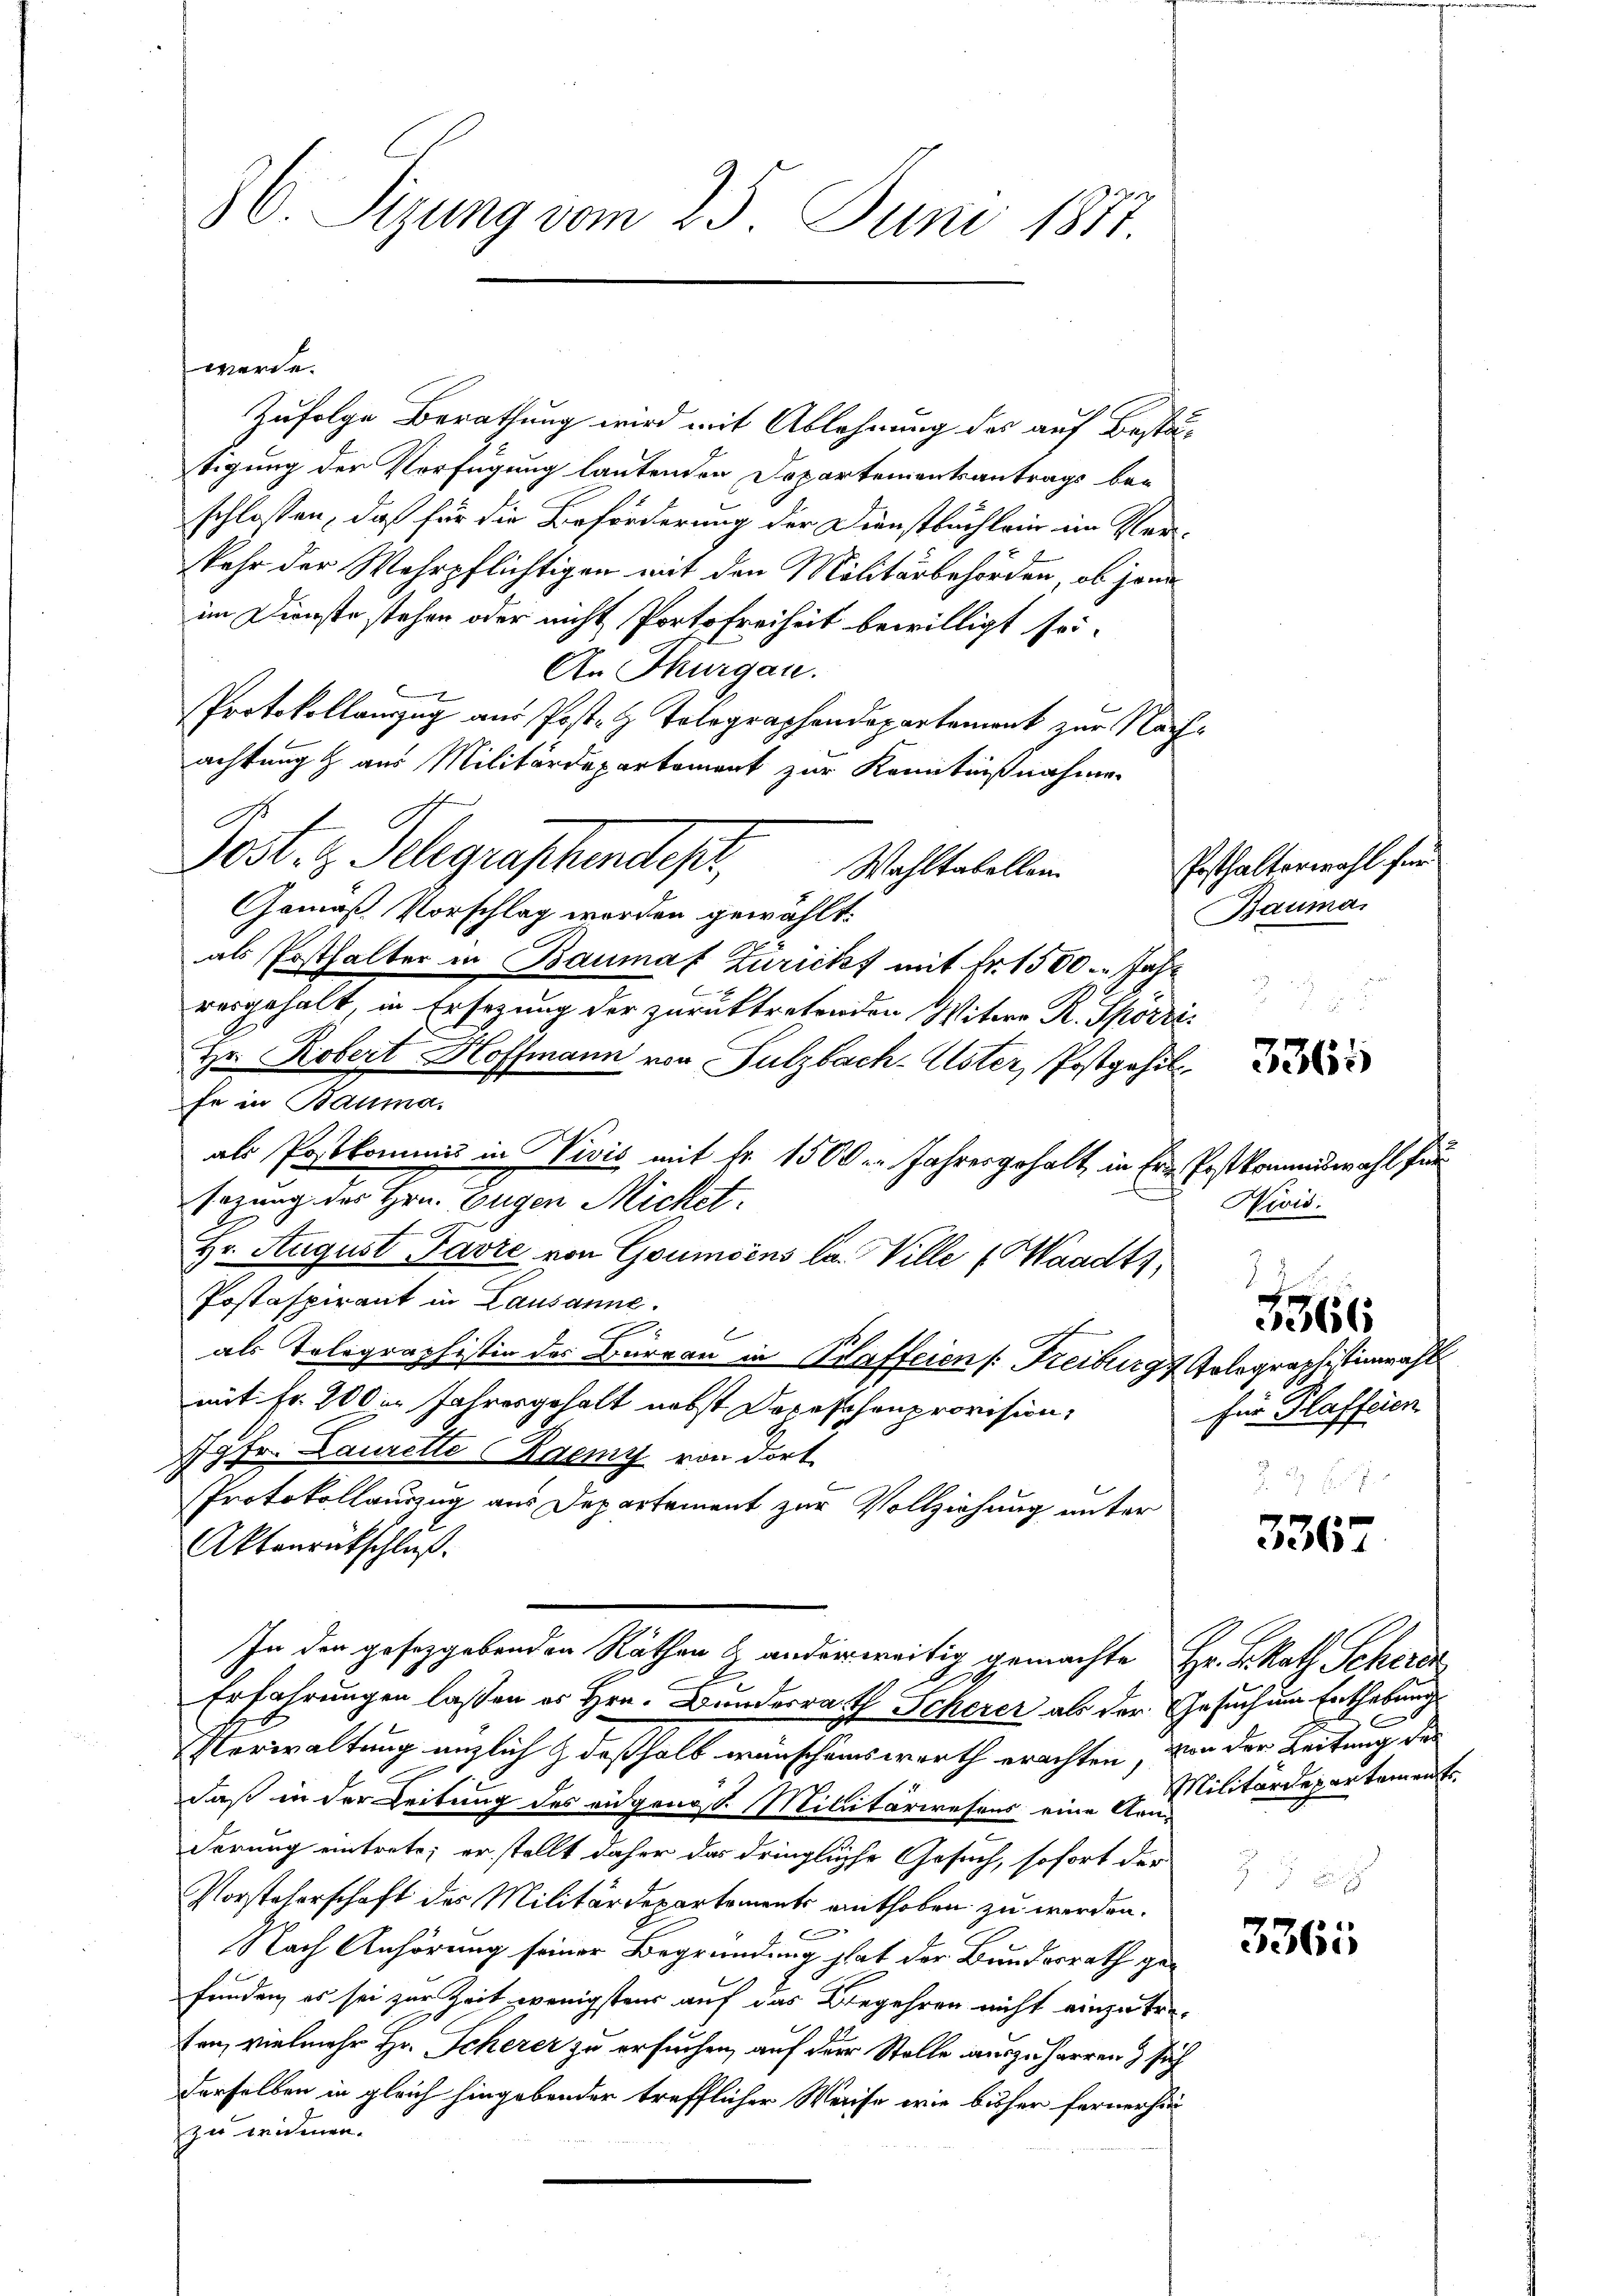
36. Sizung vom 25. Juni 1877.

werde.
Zufolge Berathung wird mit Ablehnung des auf Bestätigung der Verfügung lautenden Dopartementsantrags beschlossen, daß für die Beförderung der Dienstbuchlein im Verkehr der Wehrpflichtigen mit den Militärbehörden, ob jene
im Dienste stehen oder nicht Portsfreiheit bewilligt sei.
An Thurgau.
Protokollauszug aus Post- & Tolographendepartement zur Nachachtung & aus Militärdepartement zur Kenntnißnahmen
Post. I. Selegraphendepr
Wahltabellen
Gemäß Vorschlag worden gewählt:
als Posthalter in Baumaf Züricht mit Fr. 1500. Jahr
resgehalt, in Ersezung der zurücktretenden Witere R. Spörri
Hr. Robert Hoffmann von Sulzbach-Uster, Postgehil
fe in Bauma.
als Postkommis in Vivić mit fr. 1500. Jahresgehalt in Er Postkommiswahl für
sezung des Hrn. Eugen Michet,
Hr. August Parte von Goumoins la Ville (Waadt,
Postaspirant in Lausanne.
1
als Telegraphistin des Bureau in Plaffeien /: Freiburg Kolographistinacht
mit Fr. 200 in Jahresgehalt nebst Depeschenprovision,
Jgfr. Laurette aemy von dort
.
Protokollauszug aus Departement zur Vollziehung unter
Aktenrückschluß.
In den gesetzgebenden Räthen & anderweitig gemachte Hr. K. Rath Scherde
Erfahrungen lassen es Hrn. Bunderrath Scherer als der Gesuchung Enthebung
Verwaltung änzlich & deßhalb wünschenswerth erachten, von der Leitung des
daß in der Leitung des eidgang d. Militärwesens eine Anilitärdepartamente
derung eintrete; er stellt daher das dringliche Gesuch, sofort der
Vorsteherschaft des Militärdepartements enthoben zu werden.
f
Nach Anhörung seiner Begründung hat der Bundesrath gefunden, es sei zur Zeit wenigstens auf das Begehren nicht einzutreten, vielmehr Hr. Scherer zu ersuchen, auf der Stelle auszuharren & sich
derselben in gleich hingebender trefflicher Weise wie bisher fernerhin
zu widmen.

Posthalterwahl für
Bauma.

3365

Nivis.

für Plafferen
 2 25 f

5366

3367

3365